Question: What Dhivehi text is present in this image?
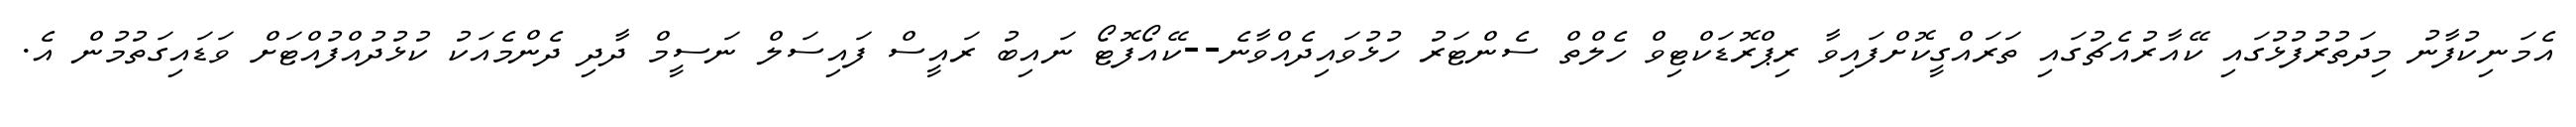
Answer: އެމަނިކުފާނު މިދަތުރުފުޅުގައި ކޭއާރުއެޗުގައި ތަރައްގީކޮށްފައިވާ ރިޕްރޮޑަކްޓިވް ހެލްތް ސެންޓަރު ހުޅުވައިދެއްވާނެ--ކޭއޯފޮޓޯ ނައިބު ރައީސް ފައިސަލް ނަސީމް ދާދި ދެންމެއަކު ކުޅުދުއްފުއްޓަށް ވަޑައިގަތުމުން އެ.